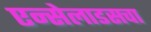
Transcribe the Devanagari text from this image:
एन्सेलाडसचा